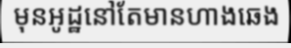
មុនអូដ្ឋនៅតែមានហាងឆេង